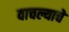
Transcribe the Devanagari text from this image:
वाचल्याचे